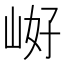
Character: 𭖝